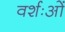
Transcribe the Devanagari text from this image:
वर्शःओं